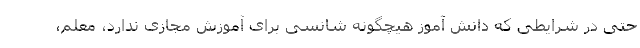
حتی در شرایطی که دانش آموز هیچگونه شانسی برای آموزش مجازی ندارد، معلم،